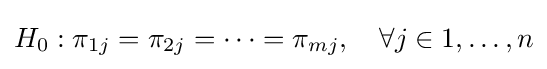
H_{0}:\pi _{1j}=\pi _{2j}=\cdots =\pi _{mj},\quad \forall j\in {1,\dots ,n}